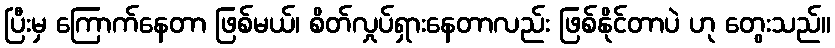
ပြီးမှ ကြောက်နေတာ ဖြစ်မယ်၊ စိတ်လှုပ်ရှားနေတာလည်း ဖြစ်နိုင်တာပဲ ဟု တွေးသည်။